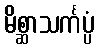
မိစ္ဆာသင်္ကပ္ပံ